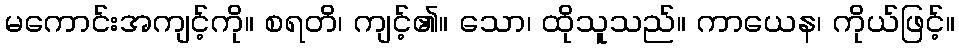
မကောင်းအကျင့်ကို။ စရတိ၊ ကျင့်၏။ သော၊ ထိုသူသည်။ ကာယေန၊ ကိုယ်ဖြင့်။